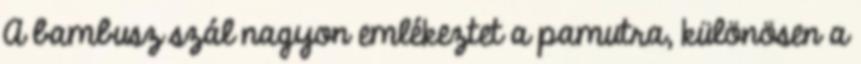
A bambusz szál nagyon emlékeztet a pamutra, különösen a